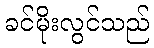
ခင်မိုးလွင်သည်